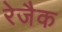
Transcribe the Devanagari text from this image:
रेजैक